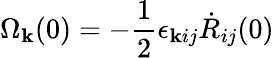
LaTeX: \Omega_{\mathbf{k}}(0)=-\frac{1}{2}\epsilon_{\mathbf{k}ij}\dot{{R}}_{ij}(0)